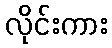
လိုင်းကား